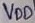
Text: VDD